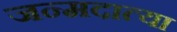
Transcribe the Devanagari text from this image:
जन्मदात्या